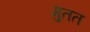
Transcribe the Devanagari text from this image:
मुतत